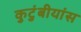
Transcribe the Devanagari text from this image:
कुटुंबीयांस